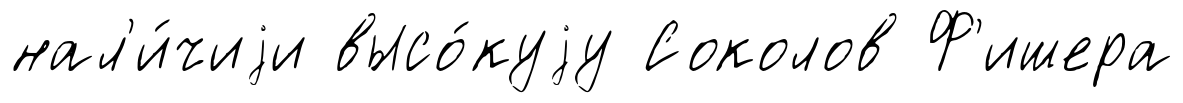
нал'и́чиjи высо́куjу Соколов Ф'ишера